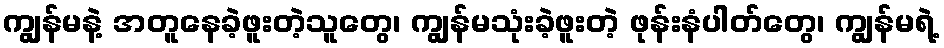
ကျွန်မနဲ့ အတူနေခဲ့ဖူးတဲ့သူတွေ၊ ကျွန်မသုံးခဲ့ဖူးတဲ့ ဖုန်းနံပါတ်တွေ၊ ကျွန်မရဲ့